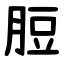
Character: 脰